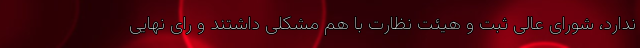
ندارد، شورای عالی ثبت و هیئت نظارت با هم مشکلی داشتند و رای نهایی